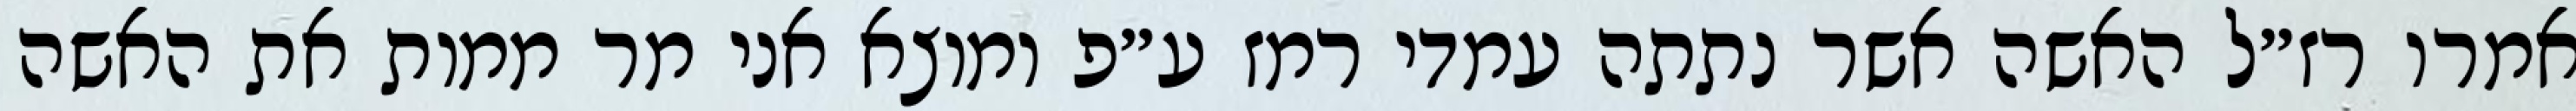
אמרו רז״ל האשה אשר נתתה עמדי רמז ע״פ ומוצא אני מר ממות את האשה